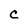
Character: C